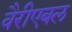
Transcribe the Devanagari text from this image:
वैरीएबल